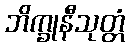
ဘိက္ခုနီသုတ္တံ